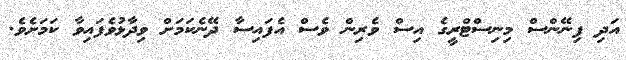
އަދި ފިނޭންސް މިނިސްޓްރީގެ އިސް ވެރިން ވެސް އެފައިސާ ދޭނެކަމަށް ވިދާޅުވެފައިވާ ކަމަށެވެ.